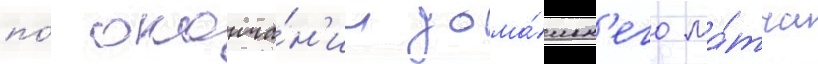
по́ оконча́н'ии дома́шн'его ма́тча